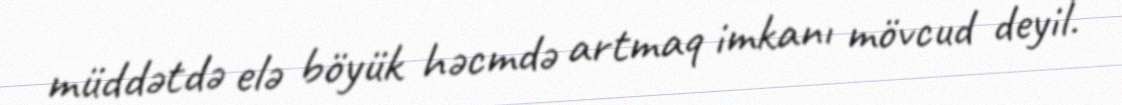
müddətdə elə böyük həcmdə artmaq imkanı mövcud deyil.